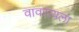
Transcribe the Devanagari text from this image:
वावरायला